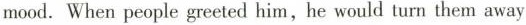
mood.When people greeted him, he would turn them away